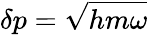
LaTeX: \delta p={\sqrt{hm\omega}}